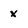
Character: x